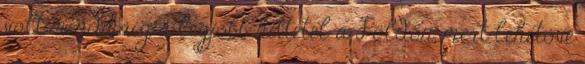
volt mindmáig a legjobb hittétel a Földön, mert lehetővé